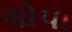
ગોપા